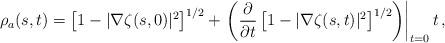
LaTeX: \begin{align*} \rho_a(s,t) =\left[1-|\nabla\zeta(s,0)|^2\right]^{1/2} + \left.\left(\frac{\partial}{\partial t}\left[1-|\nabla\zeta(s,t)|^2\right]^{1/2}\right)\right|_{t=0} t \,,\end{align*}